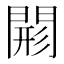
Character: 𨴸